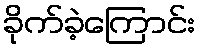
ခိုက်ခဲ့ကြောင်း